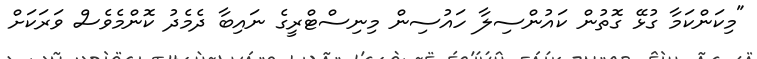
"މިކަންކަމާ ގުޅޭ ގޮތުން ކައުންސިލާ ހައުސިން މިނިސްޓްރީގެ ނައިބާ ދެމެދު ކޮންމެވެސް ވަރަކަށް